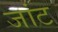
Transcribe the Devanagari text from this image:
जांट